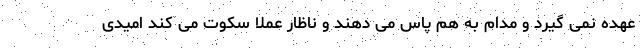
عهده نمی گیرد و مدام به هم پاس می دهند و ناظار عملا سکوت می کند امیدی